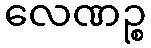
လေဏဉ္စ